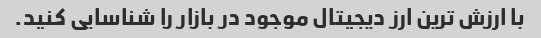
با ارزش ترین ارز دیجیتال موجود در بازار را شناسایی کنید.